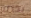
بذاته